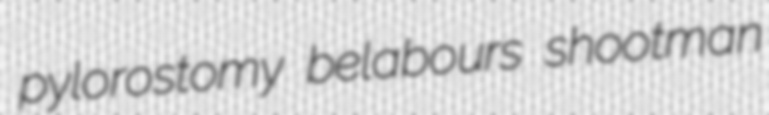
pylorostomy belabours shootman